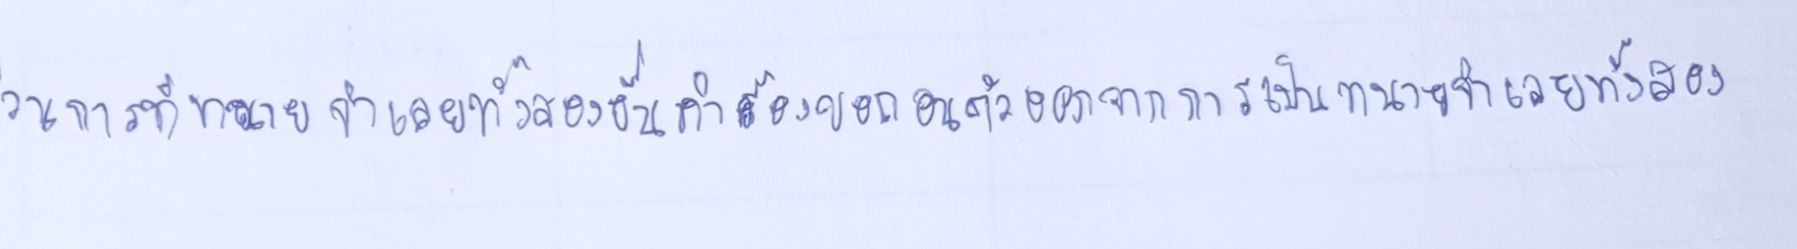
ส่วนการที่ทนายจำเลยทั้งสองยื่นคำร้องขอถอนตัวออกจากการเป็นทนายจำเลยทั้งสอง